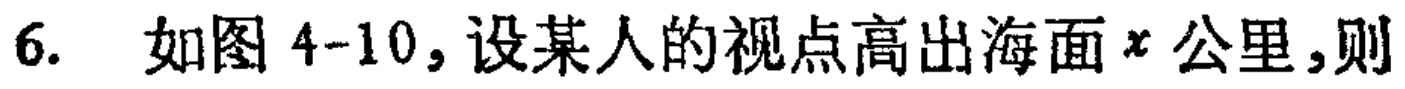
6. 如图4-10,设某人的视点高出海面\(x\)公里,则